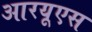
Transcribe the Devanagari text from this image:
आरयूएस